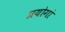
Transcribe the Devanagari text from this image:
प्रयोगां